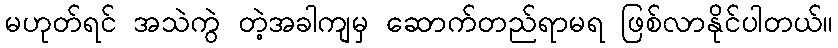
မဟုတ်ရင် အသဲကွဲ တဲ့အခါကျမှ ဆောက်တည်ရာမရ ဖြစ်လာနိုင်ပါတယ်။